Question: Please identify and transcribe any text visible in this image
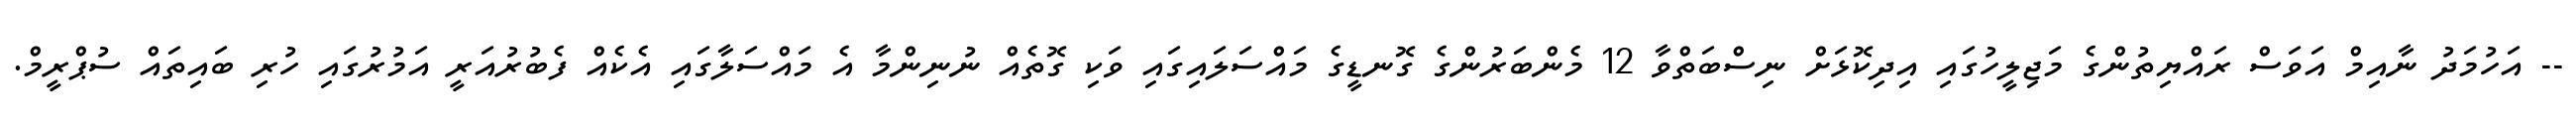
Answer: -- އަހުމަދު ނާއިމް އަވަސް ރައްޔިތުންގެ މަޖިލީހުގައި އިދިކޮޅަށް ނިސްބަތްވާ 12 މެންބަރުންގެ ގޮނޑީގެ މައްސަލައިގައި ވަކި ގޮތެއް ނުނިންމާ އެ މައްސަލާގައި އެކެއް ފެބުރުއަރީ އަމުރުގައި ހުރި ބައިތައް ސުޕްރީމް.